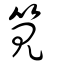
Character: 筧